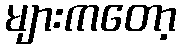
များကတော့